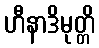
ဟီနာဒိမုတ္တိ